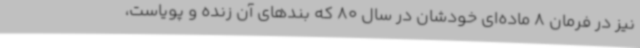
نیز در فرمان 8 ماده‌ای خودشان در سال 80 که بندهای آن زنده و پویاست،